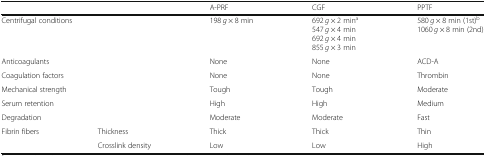
| <COLSPAN=2>  | A-PRF | CGF | PPTF |
 | --- | --- | --- | --- | --- |
 | <COLSPAN=2> Centrifugal conditions | 198 g × 8 min | 692 g × 2 mina547 g × 4 min692 g × 4 min855 g × 3 min | 580 g × 8 min (1st)b1060 g × 8 min (2nd) |
 | <COLSPAN=2> Anticoagulants | None | None | ACD-A |
 | <COLSPAN=2> Coagulation factors | None | None | Thrombin |
 | <COLSPAN=2> Mechanical strength | Tough | Tough | Moderate |
 | <COLSPAN=2> Serum retention | High | High | Medium |
 | <COLSPAN=2> Degradation | Moderate | Moderate | Fast |
 | <ROWSPAN=2> Fibrin fibers | Thickness | Thick | Thick | Thin |
 | Crosslink density | Low | Low | High |